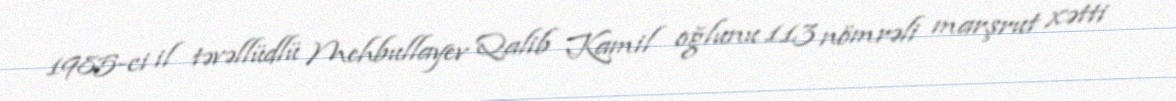
1985-ci il təvəllüdlü Mehbullayev Qalib Kamil oğlunu 113 nömrəli marşrut xətti